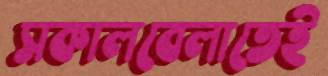
সকালবেলাতেই